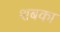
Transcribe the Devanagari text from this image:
शबका